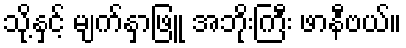
သို့နှင့် မျက်နှာဖြူ အဘိုးကြီး ဖာနီဗယ်။